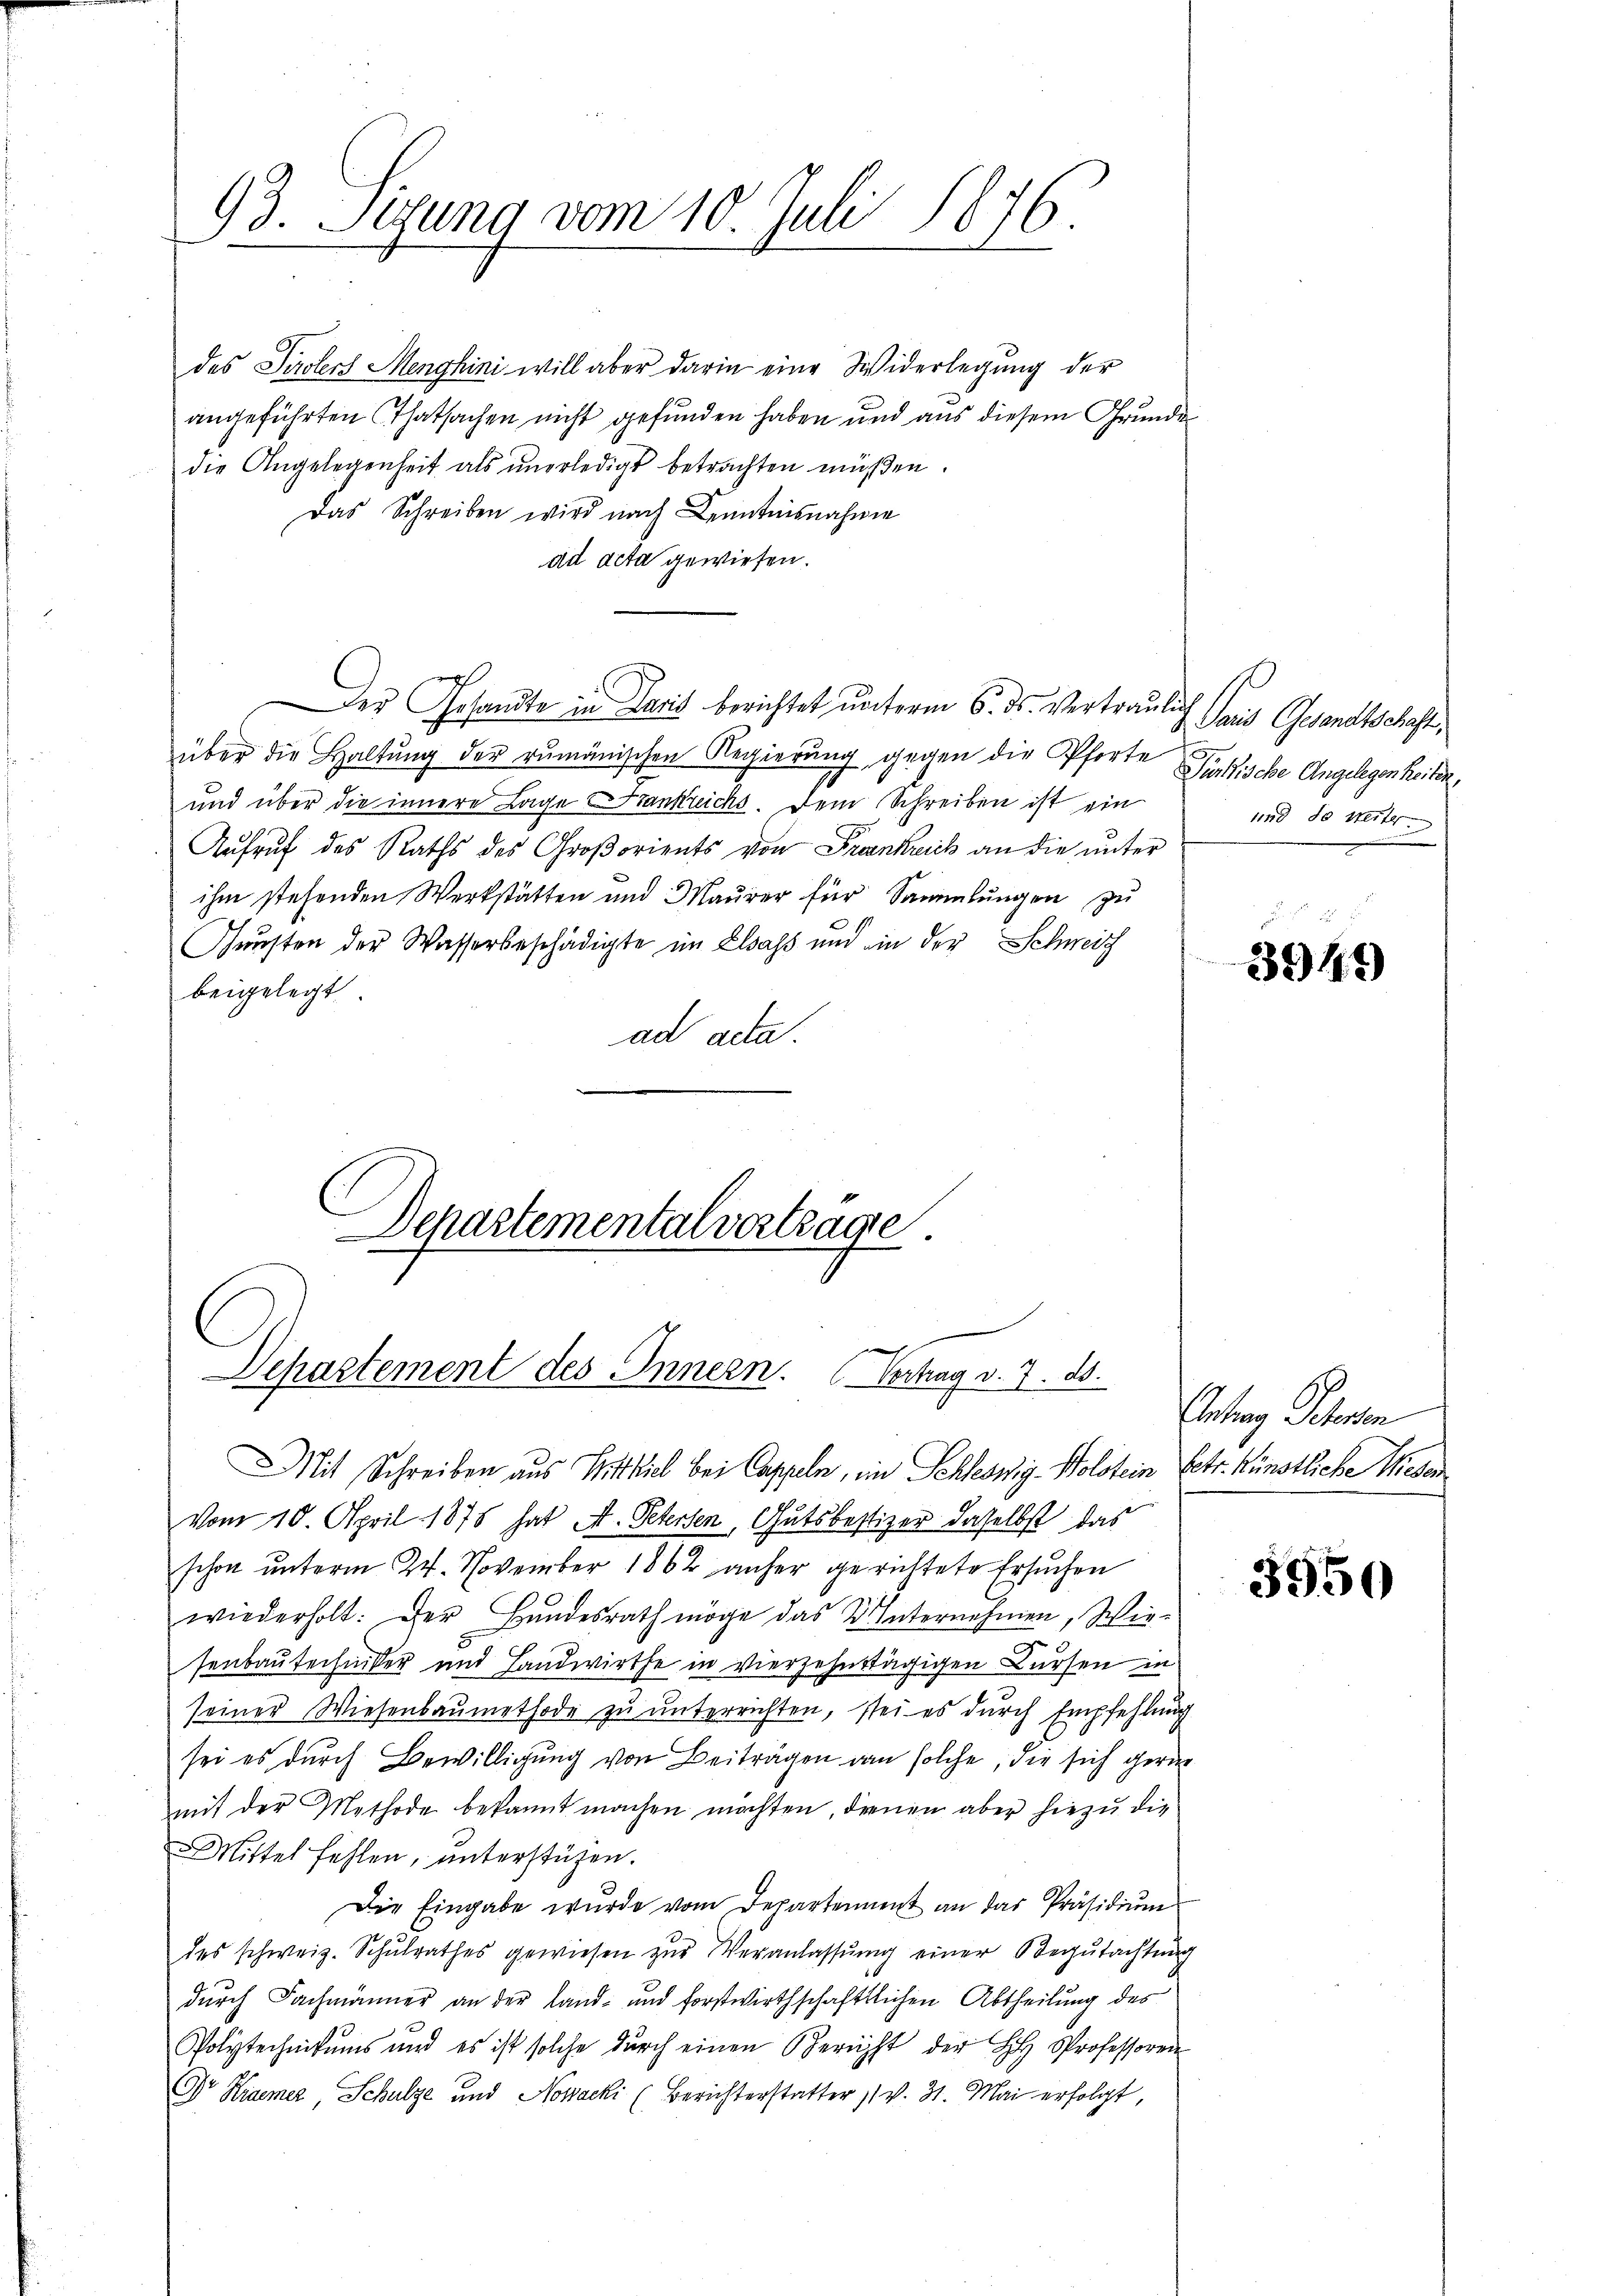
93. Setzung vom 10. Juli 1876.

des Tirolers Menghini will aber darin eine Widerlegung der
angeführten Thatsachen nicht gefunden haben und aus diesem Grunde
die Angelegenheit als unerledigt betrachten müßen.
Das Schreiben wird nach Kenntnisnahme
ad acta gewiesen.
über die Haltung der rumänischen Regierung gegen die Pforte Purkische Angelegenheiten,
und über die innere Lage Frankreichs. Dem Schreiben ist ein
Aufruf des Raths des Großorients von Frankreich an die unter
ihm stehenden Werkstätten und Maurer für Sammlungen zu
Sunsten der Wasserbeschädigte im Elsass und in der Schweiz
beigelegt
ad acta.
Departementalvertrage.

Des Gesandte in Paris berichtet unterm 6. ds. Vertraulich Paris Gesandtschaft,

Departement des Innern. (Vertrag v. 7. ds.

und so weiter

Mit Schreiben aus Mittlich bei Cappeln, im Schleswig-Holstein Petr. Künstliche Wieder
vom 10. April 1878 hat A. Peterten, Gutsbestizer daselbst das
schon unterm 24. November 1862 anher gerichtete Ersuchen
wiederholt: Der Hŭndesrath möge das Unternehmen, Wie-
senbautechniker und Landwirthe in vierzehntägigen Bürsen in
seiner Wiesenbaŭmethode zŭ ŭnterrichten, sei es dŭrch Empfehlŭng
sei es durch Bewilligung von Beiträgen dan solche, die sich gerne
mit der Methode bekannt machen möchten, denen aber hiezu die
Mittel fehlen, ŭnterstüzen.
Die Eingabe wurde vom Departement an das Präsidium
des schweiz. Schŭlrathes gewiesen zŭr Veranlassŭng einer Begutachtung
durch Fachmänner an der Land- und forstwirthschaftlichen Abtheilung des
Polytechnikums und es ist solche dŭrch einen Bericht der H Professoren
Dr Kramer, Schulze und Nowacki (Berichterstatter 11 v. 31. Mai erfolgt,

3949

Antrag Scheren

3950